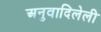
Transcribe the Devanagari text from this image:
अनुवादिलेली